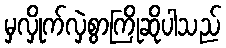
မှလှိုက်လှဲစွာကြိုဆိုပါသည်